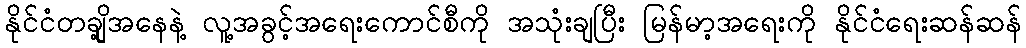
နိုင်ငံတချို့အနေနဲ့ လူ့အခွင့်အရေးကောင်စီကို အသုံးချပြီး မြန်မာ့အရေးကို နိုင်ငံရေးဆန်ဆန်